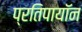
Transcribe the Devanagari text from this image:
प्रतिपायॉन